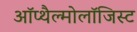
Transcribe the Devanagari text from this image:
ऑप्थैल्मोलॉजिस्ट